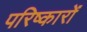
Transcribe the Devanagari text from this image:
परिष्कारों